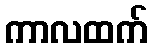
ကာလထက်